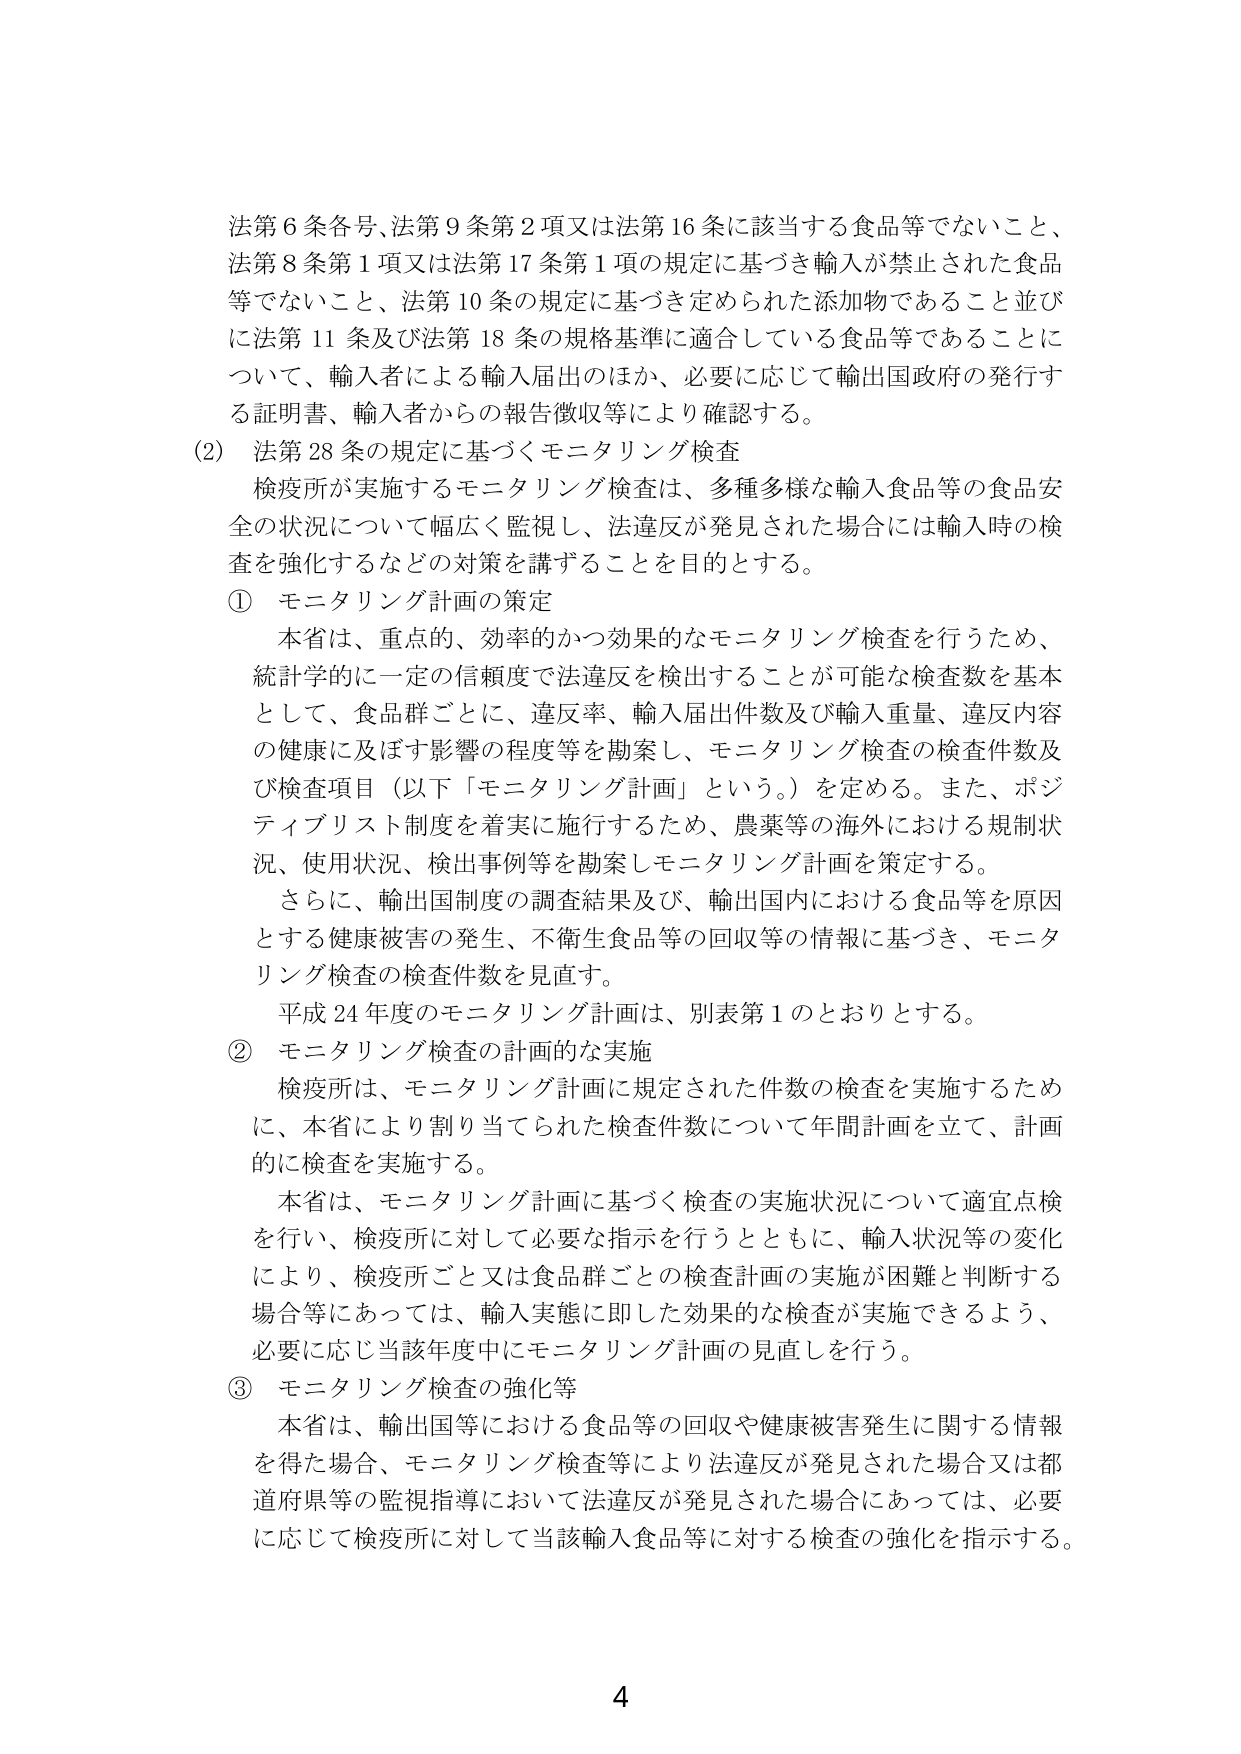
法第6条各号、法第9条第2項又は法第16条に該当する食品等でないこと、
法第8条第1項又は法第17条第1項の規定に基づき輸入が禁止された食品
等でないこと、法第10条の規定に基づき定められた添加物であること並び
に法第11条及び法第18条の規格基準に適合している食品等であることにつ
いて、輸入者による輸入届出のほか、必要に応じて輸出国政府の発行す
る証明書、輸入者からの報告徴収等により確認する。

(2) 法第28条の規定に基づくモニタリング検査
検疫所が実施するモニタリング検査は、多種多様な輸入食品等の食品安全
の状況について幅広く監視し、法違反が発見された場合には輸入時の検
査を強化するなどの対策を講ずることを目的とする。

① モニタリング計画の策定
本省は、重点的、効率的かつ効果的なモニタリング検査を行うため、
統計学的に一定の信頼度で法違反を検出することが可能な検査数を基本
として、食品群ごとに、違反率、輸入届出件数及び輸入重量、違反内容
の健康に及ぼす影響の程度等を勘案し、モニタリング検査の検査件数及
び検査項目（以下「モニタリング計画」という。）を定める。また、ポジ
ティブリスト制度を着実に施行するため、農薬等の海外における規制状
況、使用状況、検出事例等を勘案しモニタリング計画を策定する。
さらに、輸出国制度の調査結果及び、輸出国内における食品等を原因
とする健康被害の発生、不衛生食品等の回収等の情報に基づき、モニタ
リング検査の検査件数を見直す。
平成24年度のモニタリング計画は、別表第1のとおりとする。

② モニタリング検査の計画的な実施
検疫所は、モニタリング計画に規定された件数の検査を実施するため
に、本省により割り当てられた検査件数について年間計画を立て、計画
的に検査を実施する。
本省は、モニタリング計画に基づく検査の実施状況について適宜点検
を行い、検疫所に対して必要な指示を行うとともに、輸入状況等の変化
により、検疫所ごと又は食品群ごとの検査計画の実施が困難と判断する
場合等にあっては、輸入実態に即した効果的な検査が実施できるよう、
必要に応じ当該年度中にモニタリング計画の見直しを行う。

③ モニタリング検査の強化等
本省は、輸出国等における食品等の回収や健康被害発生に関する情報
を得た場合、モニタリング検査等により法違反が発見された場合又は都
道府県等の監視指導において法違反が発見された場合にあっては、必要
に応じて検疫所に対して当該輸入食品等に対する検査の強化を指示する。

4